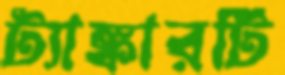
ট্যাঙ্কারটি